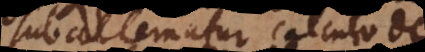
Subalternatur calculo de